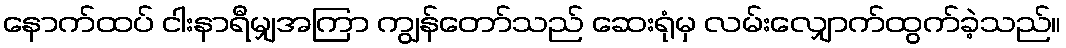
နောက်ထပ် ငါးနာရီမျှအကြာ ကျွန်တော်သည် ဆေးရုံမှ လမ်းလျှောက်ထွက်ခဲ့သည်။